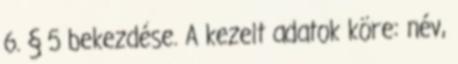
6. § 5 bekezdése. A kezelt adatok köre: név,